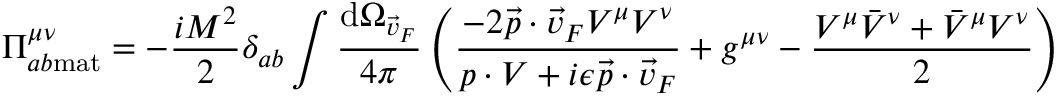
\Pi _ { a b \mathrm { m a t } } ^ { \mu \nu } = - { \frac { i M ^ { 2 } } { 2 } } \delta _ { a b } \int { \frac { \mathrm { d } \Omega _ { \vec { v } _ { F } } } { 4 \pi } } \left( { \frac { - 2 \vec { p } \cdot \vec { v } _ { F } V ^ { \mu } V ^ { \nu } } { p \cdot V + i \epsilon \vec { p } \cdot \vec { v } _ { F } } } + g ^ { \mu \nu } - { \frac { V ^ { \mu } { \bar { V } } ^ { \nu } + { \bar { V } } ^ { \mu } V ^ { \nu } } { 2 } } \right)